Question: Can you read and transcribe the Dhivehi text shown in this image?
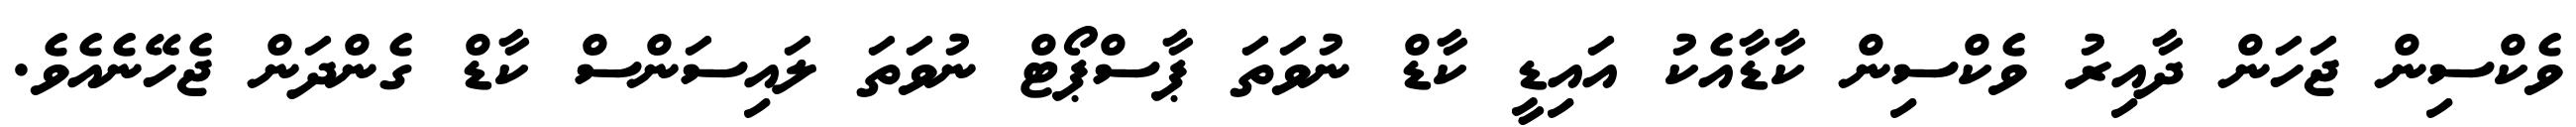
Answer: ވެކްސިން ޖަހަން ދާއިރު ވެކްސިން ކާޑާއެކު އައިޑީ ކާޑް ނުވަތަ ޕާސްޕޯޓް ނުވަތަ ލައިސަންސް ކާޑް ގެންދަން ޖެހޭނެއެވެ.